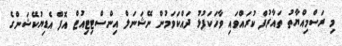
މި ރަސްމިއްޔާތު ތައާރުފް ކުރައްވައި ވާހަކަފުޅު ދައްކަވަމުން ނޭޝަނަލް އިންސްޓިޓިއުޓް އޮފް އެޑިޔުކޭޝަންގެ